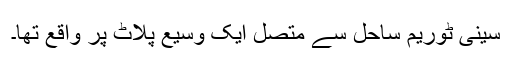
سینی ٹوریم ساحل سے متصل ایک وسیع پلاٹ پر واقع تھا۔